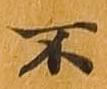
不